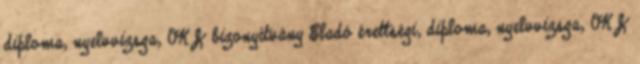
diploma, nyelvvizsga, OKJ bizonyítvány Eladó érettségi, diploma, nyelvvizsga, OKJ